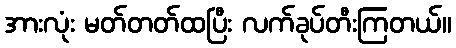
အားလုံး မတ်တတ်ထပြီး လက်ခုပ်တီးကြတယ်။